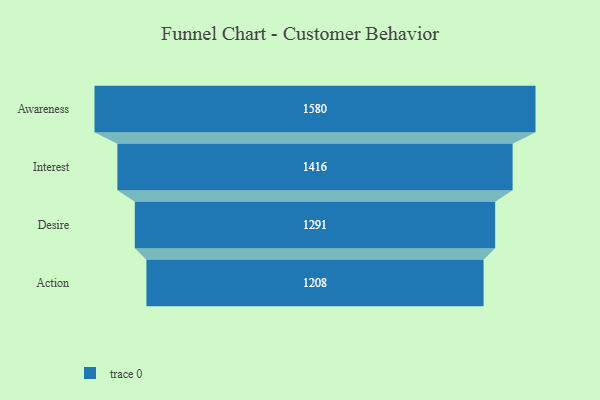
{"axis": {"x": "Stage", "y": "Value"}, "legend": [""], "data": [{"x": "Awareness", "y": 1580.0, "type": ""}, {"x": "Interest", "y": 1416.0, "type": ""}, {"x": "Desire", "y": 1291.0, "type": ""}, {"x": "Action", "y": 1208.0, "type": ""}]}